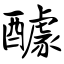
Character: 醵